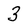
Character: 3